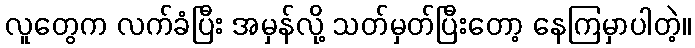
လူတွေက လက်ခံပြီး အမှန်လို့ သတ်မှတ်ပြီးတော့ နေကြမှာပါတဲ့။